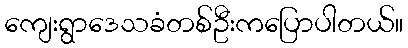
ကျေးရွာဒေသခံတစ်ဦးကပြောပါတယ်။